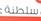
سطنة